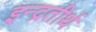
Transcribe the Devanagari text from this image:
इन्द्रतीर्थ